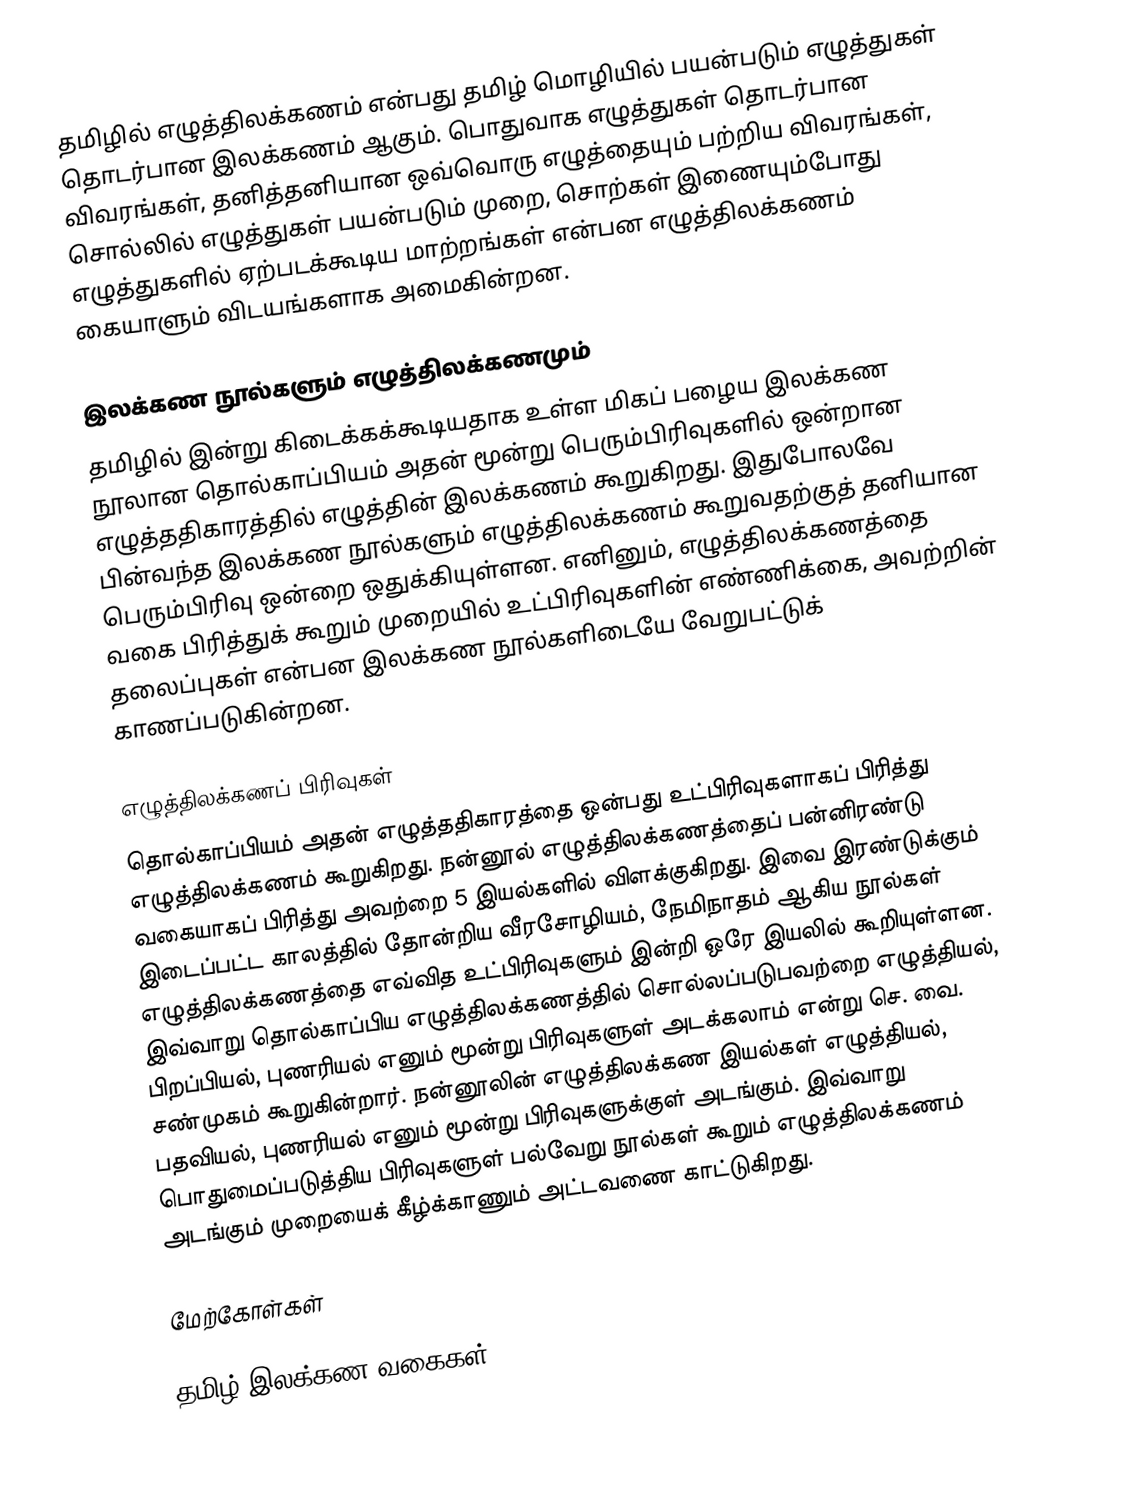
தமிழில் எழுத்திலக்கணம் என்பது தமிழ் மொழியில் பயன்படும் எழுத்துகள் தொடர்பான இலக்கணம் ஆகும். பொதுவாக எழுத்துகள் தொடர்பான விவரங்கள், தனித்தனியான ஒவ்வொரு எழுத்தையும் பற்றிய விவரங்கள், சொல்லில் எழுத்துகள் பயன்படும் முறை, சொற்கள் இணையும்போது எழுத்துகளில் ஏற்படக்கூடிய மாற்றங்கள் என்பன எழுத்திலக்கணம் கையாளும் விடயங்களாக அமைகின்றன.

இலக்கண நூல்களும் எழுத்திலக்கணமும்
தமிழில் இன்று கிடைக்கக்கூடியதாக உள்ள மிகப் பழைய இலக்கண நூலான தொல்காப்பியம் அதன் மூன்று பெரும்பிரிவுகளில் ஒன்றான எழுத்ததிகாரத்தில் எழுத்தின் இலக்கணம் கூறுகிறது. இதுபோலவே பின்வந்த இலக்கண நூல்களும் எழுத்திலக்கணம் கூறுவதற்குத் தனியான பெரும்பிரிவு ஒன்றை ஒதுக்கியுள்ளன. எனினும், எழுத்திலக்கணத்தை வகை பிரித்துக் கூறும் முறையில் உட்பிரிவுகளின் எண்ணிக்கை, அவற்றின் தலைப்புகள் என்பன இலக்கண நூல்களிடையே வேறுபட்டுக் காணப்படுகின்றன.

எழுத்திலக்கணப் பிரிவுகள்
தொல்காப்பியம் அதன் எழுத்ததிகாரத்தை ஒன்பது உட்பிரிவுகளாகப் பிரித்து எழுத்திலக்கணம் கூறுகிறது. நன்னூல் எழுத்திலக்கணத்தைப் பன்னிரண்டு வகையாகப் பிரித்து அவற்றை 5 இயல்களில் விளக்குகிறது. இவை இரண்டுக்கும் இடைப்பட்ட காலத்தில் தோன்றிய வீரசோழியம், நேமிநாதம் ஆகிய நூல்கள் எழுத்திலக்கணத்தை எவ்வித உட்பிரிவுகளும் இன்றி ஒரே இயலில் கூறியுள்ளன. இவ்வாறு தொல்காப்பிய எழுத்திலக்கணத்தில் சொல்லப்படுபவற்றை எழுத்தியல், பிறப்பியல், புணரியல் எனும் மூன்று பிரிவுகளுள் அடக்கலாம் என்று செ. வை. சண்முகம் கூறுகின்றார். நன்னூலின் எழுத்திலக்கண இயல்கள் எழுத்தியல், பதவியல், புணரியல் எனும் மூன்று பிரிவுகளுக்குள் அடங்கும். இவ்வாறு பொதுமைப்படுத்திய பிரிவுகளுள் பல்வேறு நூல்கள் கூறும் எழுத்திலக்கணம் அடங்கும் முறையைக் கீழ்க்காணும் அட்டவணை காட்டுகிறது.

மேற்கோள்கள்

தமிழ் இலக்கண வகைகள்